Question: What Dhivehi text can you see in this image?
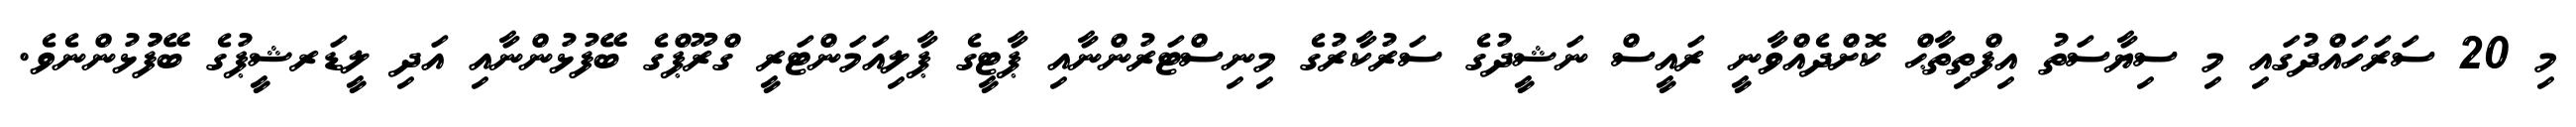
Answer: މި 20 ސަރަހައްދުގައި މި ސިޔާސަތު އިފްތިތާޙް ކޮށްދެއްވާނީ ރައީސް ނަޝީދުގެ ސަރުކާރުގެ މިނިސްޓަރުންނާއި ޕާޓީގެ ޕާލިއަމަންޓަރީ ގްރޫޕްގެ ބޭފުޅުންނާއި އަދި ލީޑަރޝީޕުގެ ބޭފުުޅުންނެވެ.